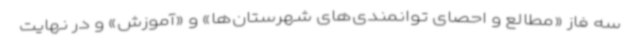
سه فاز «مطالع و احصای توانمندی‌های شهرستان‌ها» و «آموزش» و در نهایت